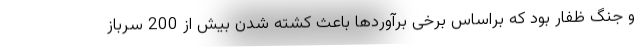
و جنگ ظفار بود که براساس برخی برآوردها باعث کشته شدن بیش از 200 سرباز